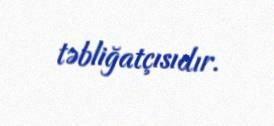
təbliğatçısıdır.